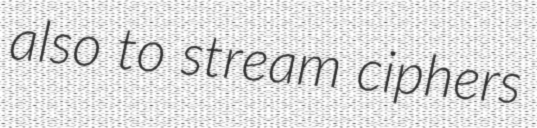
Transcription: also to stream ciphers